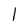
Character: l